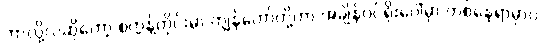
ဘာလို့လဲဆိုတော့ စက္ကန့်တိုင်းမှာ ကျွန်တော်တို့ဟာ အချိန်ဝင်ရိုးပေါ်မှာ တစ်နေရာမှာပဲ